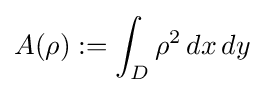
A(\rho ):=\int _{D}\rho ^{2}\,dx\,dy